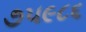
૭૫૯૮૬